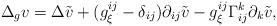
LaTeX: \begin{align*}\Delta_{g}v=\Delta\tilde{v}+(g_{\xi}^{ij}-\delta_{ij})\partial_{ij}\tilde{v}-g_{\xi}^{ij}\Gamma_{ij}^{k}\partial_{k}\tilde{v}, \end{align*}